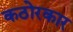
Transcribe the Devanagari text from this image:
कठोरकार